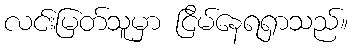
လင်းမြတ်သူမှာ ငြိမ်နေရရှာသည်။